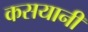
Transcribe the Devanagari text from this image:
कसयानी